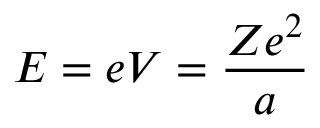
E = e V = { \frac { Z e ^ { 2 } } { a } } \,